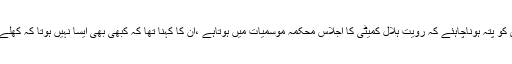
ان کا کہنا تھا کہ فواد چودھری کو پتہ ہوناچاہئے کہ رویت ہلال کمیٹی کا اجلاس محکمہ موسمیات میں ہوتاہے ،ان کا کہنا تھا کہ کبھی بھی ایسا نہیں ہوتا کہ کھلے آسمان میں چاند نظر نہ آتا ہو۔